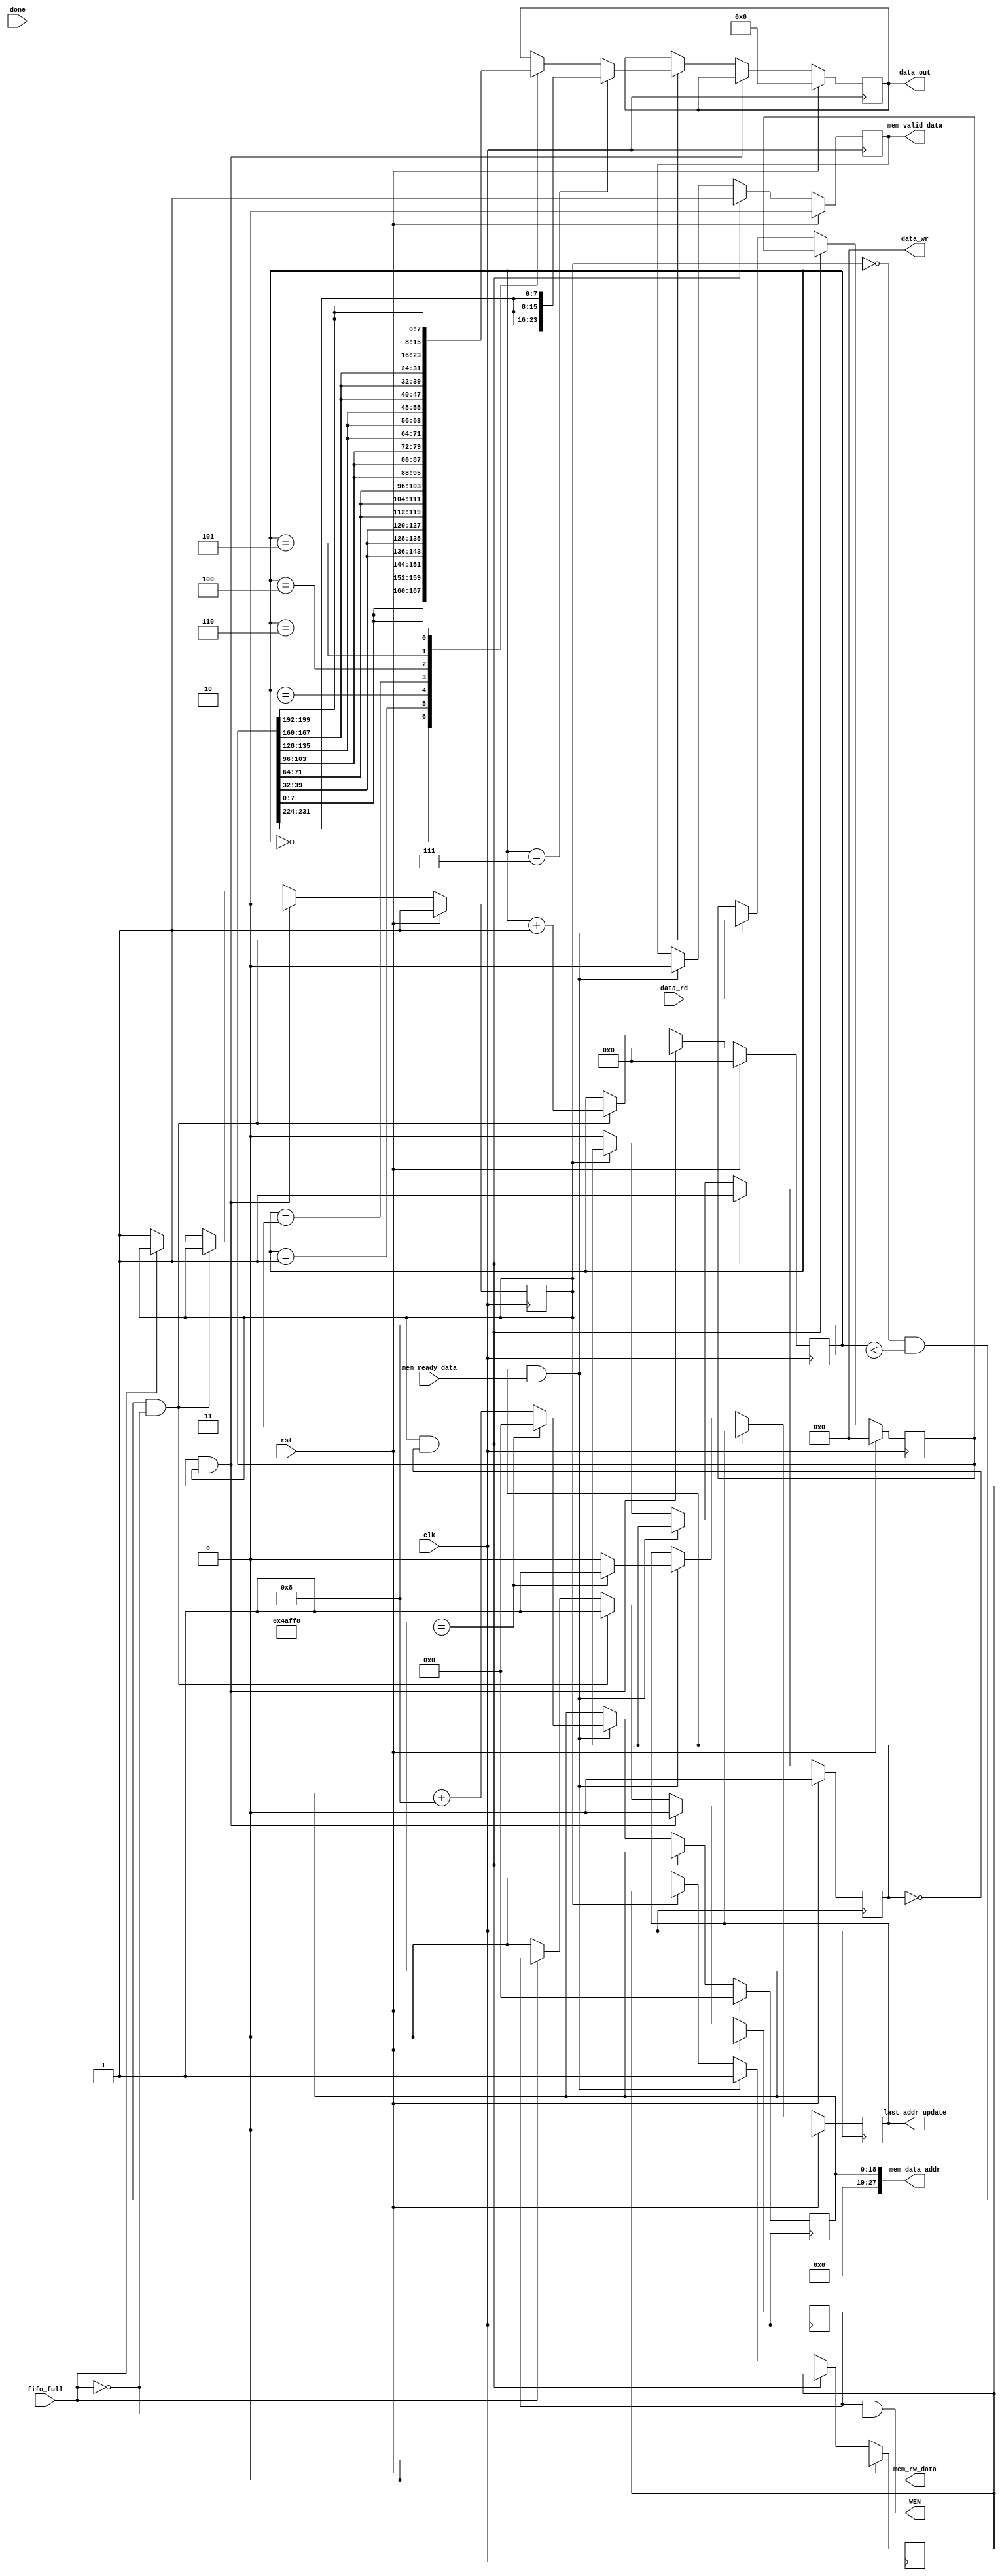
`timescale 1ns/1ps

module display (
input clk, rst, fifo_full, done,
// Arbiter interface
input [255:0]  data_rd,
input mem_ready_data,
output [255:0] data_wr,
output  [27:0] mem_data_addr,
output  mem_rw_data,
output reg mem_valid_data,
output reg last_addr_update,
// Output to FIFO
output reg [23:0] data_out,
output  WEN
);


assign data_wr = 256'd0;  // Will never write always read
assign mem_rw_data = 0;  // Will never issue write command


// Max is 38400 [ 640*480/8 ]
reg [18:0] addr_count;
reg [3:0] write_counter;
// count 8 times
reg write_enabled;
reg write_finish;
reg wait_for_read;
reg [255:0] temp_data;
reg WEN_I;

// WEN is asynchronous
assign WEN =  (WEN_I) & ~fifo_full;

assign mem_data_addr = {9'b0,addr_count[18:0]};

// Addr Counter always block
always @(posedge clk)
	begin
	if(rst)
		begin
		mem_valid_data <= 0;  
		last_addr_update <= 0;
		addr_count <= 0;
		temp_data <= 0;
		write_enabled <= 0;
		wait_for_read <= 0;
		end
		
	else	if(write_finish & ~wait_for_read)  // Issue new read command
		begin
		mem_valid_data <= 1;
		wait_for_read <= 1;
		end
		
	else if(wait_for_read & mem_ready_data) // received data
		begin
		mem_valid_data <= 0;
		write_enabled <= 1;
		temp_data <= data_rd;
			if( addr_count == 19'd307192 )
				begin
				addr_count <= 19'd0;
				last_addr_update <= 1;
				end
			else
				begin
				addr_count <= addr_count + 8;
				last_addr_update <= 0;
				end
		end
	
	else if(~write_finish)
		begin
		wait_for_read <= 0;
		write_enabled <= 0; // Since write has started now, enable can go low
		end
	
	end
	
// Write to FIFO logic
always @(posedge clk)
	begin
	if(rst)
		begin
		write_finish <= 1;  // No pending write initially
		write_counter <= 0;
		WEN_I <= 0;
		data_out <= 24'd0;
		end
		
	else if(write_enabled & write_finish)  // 1 read received, need to send out
		begin
		write_finish <= 0;
		write_counter <= 0;
		WEN_I <= 0;
		//data_out <= 24'd0;
		end
	// After counter reach 7 write_finish will become 1 indicate writes are finished
	
	else if( ~write_finish &(write_counter < 8) & ~fifo_full)  // Fifo is not full
		begin
		// Send data 8 times
		if(write_counter == 7)
			begin
			case(write_counter)
			3'd0 :  data_out <= {temp_data[7:0], temp_data[7:0], temp_data[7:0]}; 
			3'd1 :  data_out <= {temp_data[39:32], temp_data[39:32], temp_data[39:32]}; 
			3'd2 :  data_out <= {temp_data[71:64], temp_data[71:64], temp_data[71:64]}; 
			3'd3 :  data_out <= {temp_data[103:96], temp_data[103:96], temp_data[103:96]}; 
			3'd4 :  data_out <= {temp_data[135:128], temp_data[135:128], temp_data[135:128]}; 
			3'd5 :  data_out <= {temp_data[167:160], temp_data[167:160], temp_data[167:160]}; 
			3'd6 :  data_out <= {temp_data[199:192], temp_data[199:192], temp_data[199:192]}; 
			3'd7 :  data_out <= {temp_data[231:224], temp_data[231:224], temp_data[231:224]}; 
			endcase
			write_counter <= write_counter + 1;
			WEN_I <= 1;
		   //write_finish <= 1;  		
			end
			
			else // Write counter is not 7
			begin
			WEN_I <= 1;
			
			case(write_counter)
			3'd0 :  data_out <= {temp_data[7:0], temp_data[7:0], temp_data[7:0]}; 
			3'd1 :  data_out <= {temp_data[39:32], temp_data[39:32], temp_data[39:32]}; 
			3'd2 :  data_out <= {temp_data[71:64], temp_data[71:64], temp_data[71:64]}; 
			3'd3 :  data_out <= {temp_data[103:96], temp_data[103:96], temp_data[103:96]}; 
			3'd4 :  data_out <= {temp_data[135:128], temp_data[135:128], temp_data[135:128]}; 
			3'd5 :  data_out <= {temp_data[167:160], temp_data[167:160], temp_data[167:160]}; 
			3'd6 :  data_out <= {temp_data[199:192], temp_data[199:192], temp_data[199:192]}; 
			3'd7 :  data_out <= {temp_data[231:224], temp_data[231:224], temp_data[231:224]}; 
			endcase
			write_counter <= write_counter + 1;
			
			end
		
		end
	
	   else if(~fifo_full)
			begin
			WEN_I <= 0;
			write_finish <= 1;
		//	data_out <= 24'd0;
			end
			
	
	end	// end of second always block

endmodule